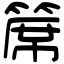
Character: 𥱊